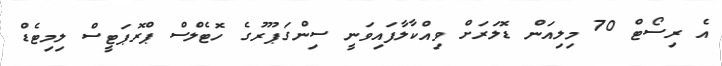
އެ ރިސޯޓް 70 މިލިއަން ޑޮލަރަށް ވިއްކާލާފައިވަނީ ސިންގަޕޫރުގެ ހޮޓެލްސް ޕްރޮޕަޓީސް ލިމިޓެޑް